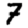
Digit: 7